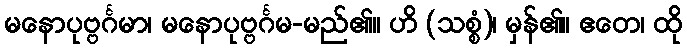
မနောပုဗ္ဗင်္ဂမာ၊ မနောပုဗ္ဗင်္ဂမ-မည်၏။ ဟိ (သစ္စံ)၊ မှန်၏။ ဧတေ၊ ထို